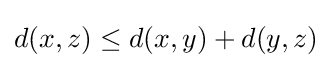
d(x,z)\leq d(x,y)+d(y,z)